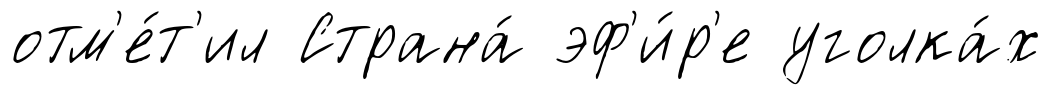
отм'е́т'ил Страна́ эф'и́р'е уголка́х